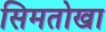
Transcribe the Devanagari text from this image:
सिमतोखा